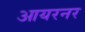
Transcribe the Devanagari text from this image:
आयरनर